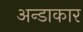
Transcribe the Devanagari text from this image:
अन्डाकार